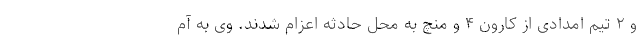
و ۲ تیم امدادی از کارون ۴ و منچ به محل حادثه اعزام شدند. وی به آم